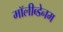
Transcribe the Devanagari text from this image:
मॉलीब्डेनम